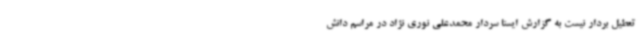
تعطیل بردار نیست به گزارش ایسنا سردار محمدعلی نوری نژاد در مراسم دانش